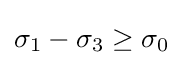
\sigma _{1}-\sigma _{3}\geq \sigma _{0}